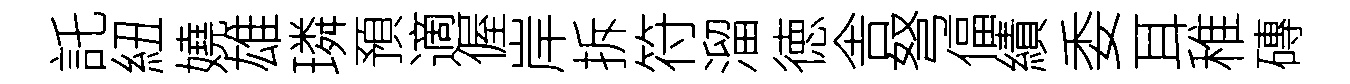
託紐嬈雄璘預適偓岸拆符溜徳舎弩偪績委耳稚磚